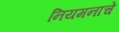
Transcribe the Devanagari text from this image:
नियमनाचे